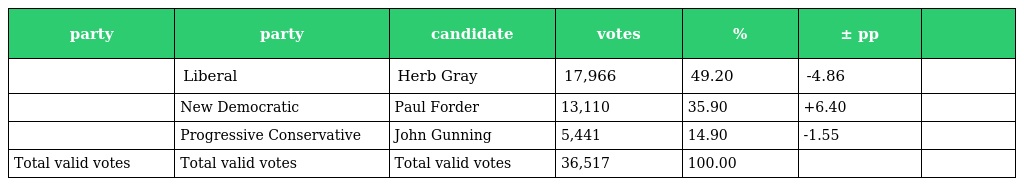
| party | party | candidate | votes | % | ± pp |  |
 | --- | --- | --- | --- | --- | --- | --- |
 |  | Liberal | Herb Gray | 17,966 | 49.20 | -4.86 |  |
 |  | New Democratic | Paul Forder | 13,110 | 35.90 | +6.40 |  |
 |  | Progressive Conservative | John Gunning | 5,441 | 14.90 | -1.55 |  |
 | Total valid votes | Total valid votes | Total valid votes | 36,517 | 100.00 |  |  |